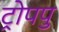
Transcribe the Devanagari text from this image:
ट्रोपपु